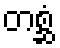
တစ္ဆံ